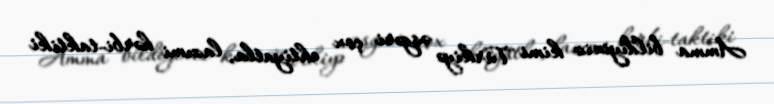
Amma bildiyiniz kimi Türkiyə əsgəri çox ehtiyatla, lazımi hərbi-taktiki